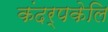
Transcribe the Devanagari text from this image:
कंदर्पकेलि